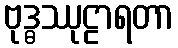
ဗုဒ္ဓဿုဠာရတာ